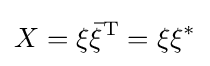
X=\xi {\bar {\xi }}^{\text{T}}=\xi \xi ^{*}